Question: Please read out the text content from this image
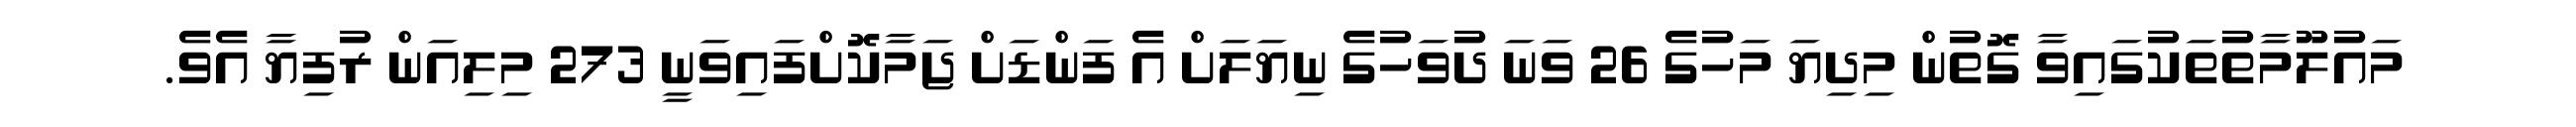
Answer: މައުލޫމާތުތަކުގައިވާ ގޮތުން މިދިޔަ މަހުގެ 26 ވަނަ ދުވަހުގެ ނިޔަލަށް އެ ފަންޑަށް ޖަމާކޮށްފައިވަނީ 273 މިލިއަން ރުފިޔާ އެވެ.